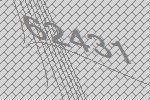
62431